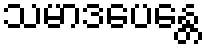
သမာဒပေန္တေ